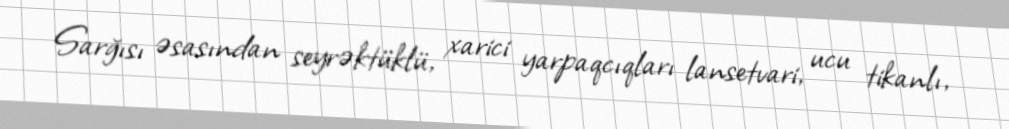
Sarğısı əsasından seyrəktüklü, xarici yarpaqcıqları lansetvari, ucu tikanlı,